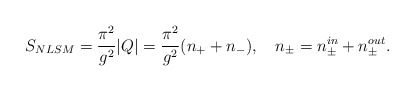
\begin{align*}S_{NLSM} = {\pi^2 \over g^2}|Q| = {\pi^2 \over g^2} (n_{+} + n_{-}), \quad n_{\pm} = n_{\pm}^{in} + n_{\pm}^{out} .\end{align*}